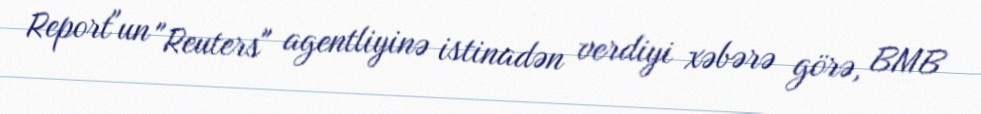
Report"un "Reuters" agentliyinə istinadən verdiyi xəbərə görə, BMB